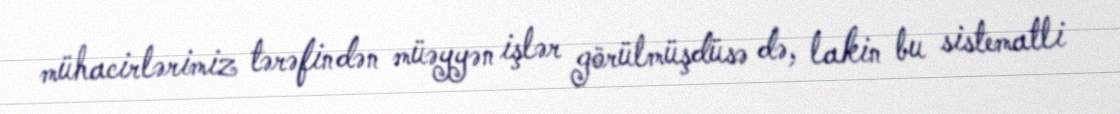
mühacirlərimiz tərəfindən müəyyən işlər görülmüşdüsə də, lakin bu sistematli